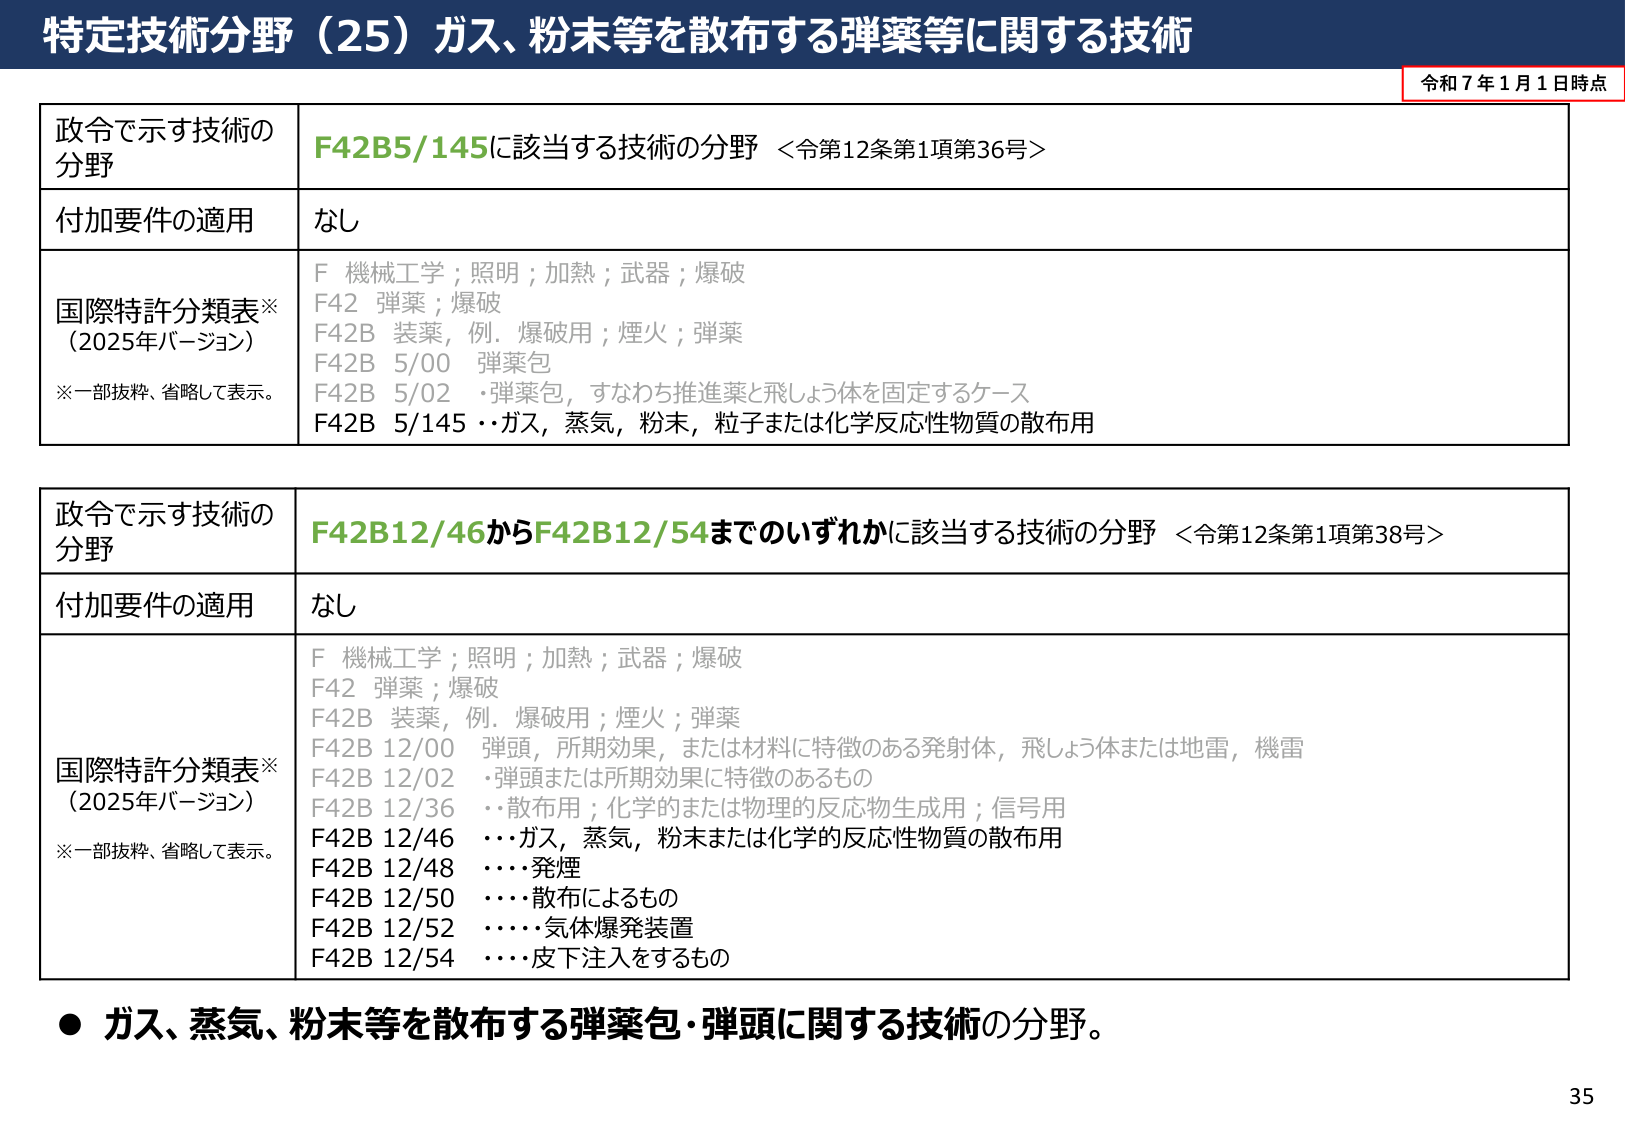
特定技術分野（25）ガス、粉末等を散布する弾薬等に関する技術

令和７年１月１日時点

政令で示す技術の分野
F42B5/145に該当する技術の分野 ＜令第12条第1項第36号＞

付加要件の適用
なし

国際特許分類表※
（2025年バージョン）
※一部抜粋、省略して表示。
F 機械工学；照明；加熱；武器；爆破
F42 弾薬；爆破
F42B 装薬，例．爆破用；煙火；弾薬
F42B 5/00 弾薬包
F42B 5/02 ・弾薬包，すなわち推進薬と飛しょう体を固定するケース
F42B 5/145・・ガス，蒸気，粉末，粒子または化学反応性物質の散布用

政令で示す技術の分野
F42B12/46からF42B12/54までのいずれかに該当する技術の分野 ＜令第12条第1項第38号＞

付加要件の適用
なし

国際特許分類表※
（2025年バージョン）
※一部抜粋、省略して表示。
F 機械工学；照明；加熱；武器；爆破
F42 弾薬；爆破
F42B 装薬，例．爆破用；煙火；弾薬
F42B 12/00 弾頭，所期効果，または材料に特徴のある発射体，飛しょう体または地雷，機雷
F42B 12/02 ・弾頭または所期効果に特徴のあるもの
F42B 12/36 ・・散布用；化学的または物理的反応物生成用；信号用
F42B 12/46 ・・・ガス，蒸気，粉末または化学的反応性物質の散布用
F42B 12/48 ・・・発煙
F42B 12/50 ・・・散布によるもの
F42B 12/52 ・・・・気体爆発装置
F42B 12/54 ・・・皮下注入をするもの

● ガス、蒸気、粉末等を散布する弾薬包・弾頭に関する技術の分野。

35